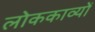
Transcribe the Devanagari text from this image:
लोककाव्यों